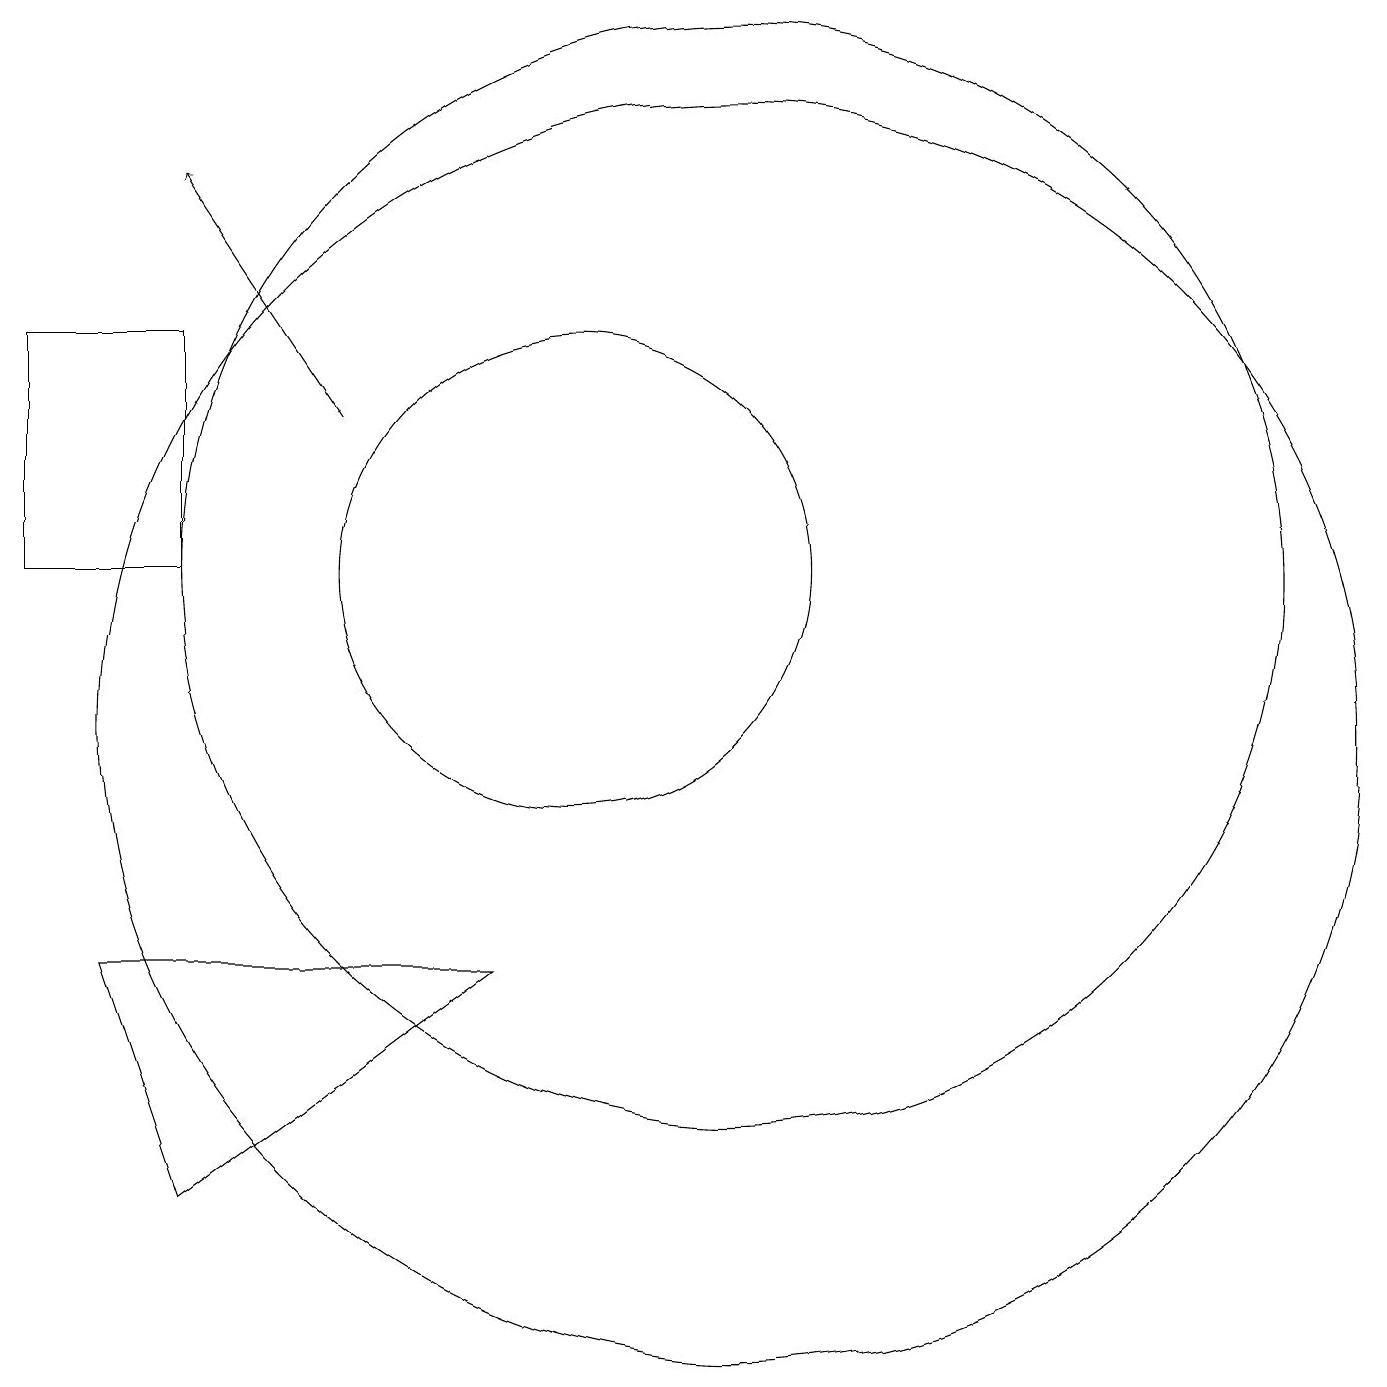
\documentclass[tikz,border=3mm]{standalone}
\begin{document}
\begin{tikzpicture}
\draw (5,4) -- (9,7) -- (4,7) -- cycle;
\draw (10,12) circle (3);
\draw (12,12) circle (7);
\draw[->] (7,14) -- (5,17);
\draw (5,15) rectangle (3,12);
\draw (12,10) circle (8);
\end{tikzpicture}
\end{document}